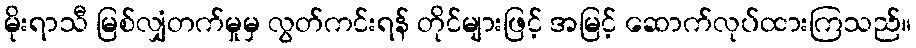
မိုးရာသီ မြစ်လျှံတက်မှုမှ လွတ်ကင်းရန် တိုင်များဖြင့် အမြင့် ဆောက်လုပ်ထားကြသည်။